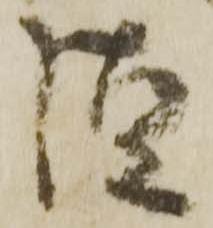
様